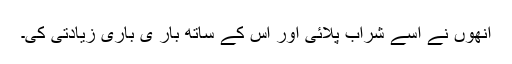
انھوں نے اسے شراب پلائی اور اس کے ساتھ بار ی باری زیادتی کی۔